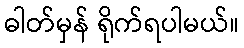
ဓါတ်မှန် ရိုက်ရပါမယ်။